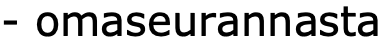
- omaseurannasta